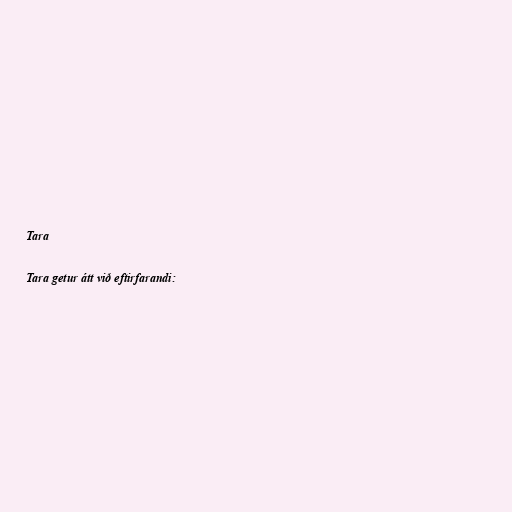
Tara

Tara getur átt við eftirfarandi: